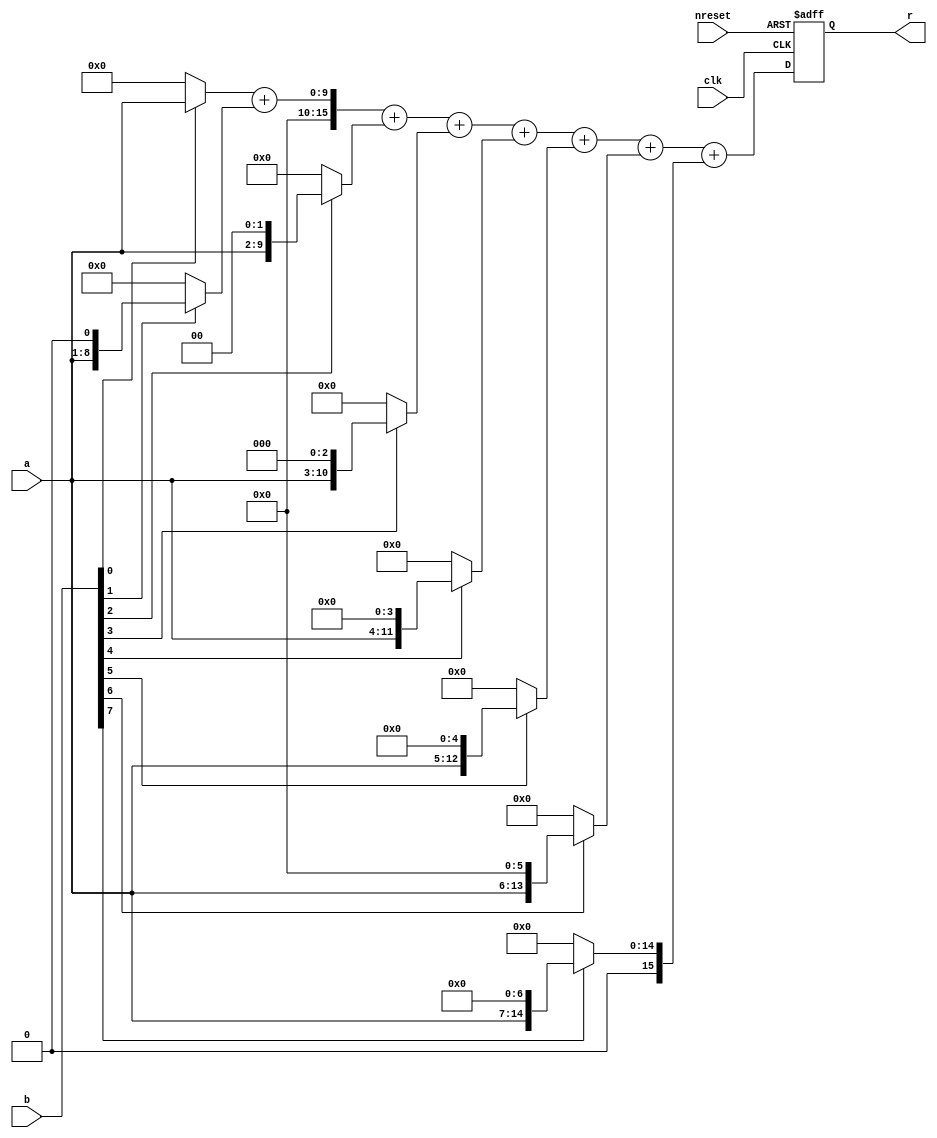
module hardware_multiplier (
    input clk,                     // Input clock signal
    input nreset,                  // Input active low reset signal
    input [7:0] a,                 // 8-bit input data signal 'a'
    input [7:0] b,                 // 8-bit input data signal 'b'
    output reg [15:0] r            // 16-bit output signal 'r'
);

    // Internal signals for partial products and addition
    wire [15:0] partial_products[7:0];

    // Generate partial products
    genvar i;
    generate
        for (i = 0; i < 8; i = i + 1) begin : gen_partial_products
            assign partial_products[i] = b[i] ? (a << i) : 0;
        end
    endgenerate

    // Sum the partial products
    wire [15:0] sum;
    wire carry;

    // Using a simple ripple-carry adder for demonstration
    assign {carry, sum} = partial_products[0] + partial_products[1] + 
                          partial_products[2] + partial_products[3] + 
                          partial_products[4] + partial_products[5] + 
                          partial_products[6] + partial_products[7];

    // Sequential logic for reset and output assignment
    always @(posedge clk or negedge nreset) begin
        if (!nreset) begin
            // Active low reset: clear the output
            r <= 0;
        end
        else begin
            // On clock edge, assign the sum of partial products to output
            r <= sum;
        end
    end

endmodule